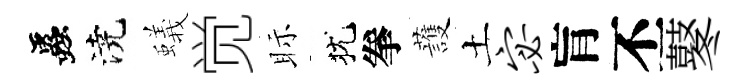
蟲澆蟻觉眎犹拳䕶土宓肓丕鼕